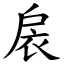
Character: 扆